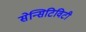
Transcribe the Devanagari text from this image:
सेन्सिटिविटी